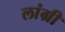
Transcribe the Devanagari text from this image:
लांग्री